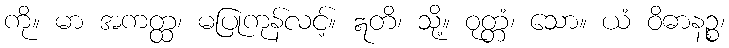
ကို။ မာ အကတ္ထ၊ မပြုကုန်လင့်။ ဣတိ၊ သို့။ ဝုတ္တံ၊ သော။ ယံ ဝိဓာနဉ္စ၊